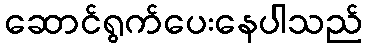
ဆောင်ရွက်ပေးနေပါသည်